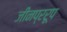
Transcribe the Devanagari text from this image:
जीनप्ररूप